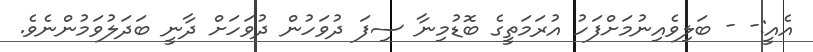
އެއީ:- - ބަލިވެއިނުމަށްފަހު އުރަމަތީގެ ބޮޑުމިނާ ސިފަ ދުވަހުން ދުވަހަށް ދާނީ ބަދަލުވަމުންނެވެ.